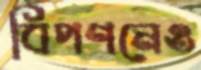
বিপণনেও